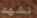
تشهد